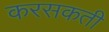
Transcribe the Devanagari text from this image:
करसकती